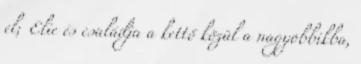
el; Elie és családja a kettő közül a nagyobbikba,